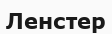
Ленстер